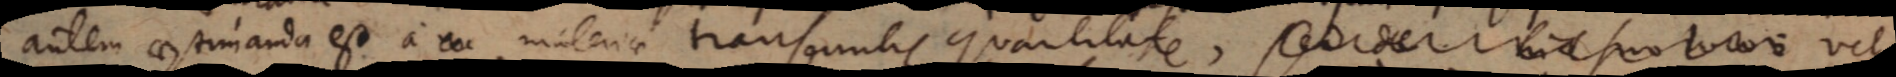
autem aestimanda est a materiae transeuntis quantitaten, sed de his suo loco a vel